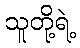
သူတို့ရဲ့